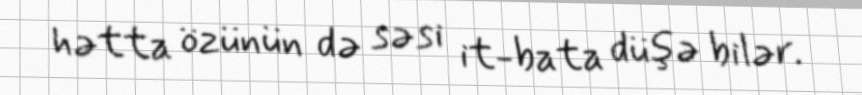
hətta özünün də səsi it-bata düşə bilər.